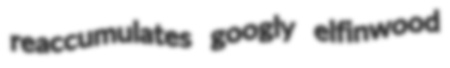
reaccumulates googly elfinwood